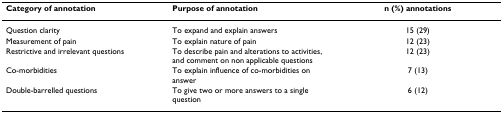
<table><thead><tr><td><b>Category of annotation</b></td><td><b>Purpose of annotation</b></td><td><b>n (%) annotations</b></td></tr></thead><tbody><tr><td>Question clarity</td><td>To expand and explain answers</td><td>15 (29)</td></tr><tr><td>Measurement of pain</td><td>To explain nature of pain</td><td>12 (23)</td></tr><tr><td>Restrictive and irrelevant questions</td><td>To describe pain and alterations to activities, and comment on non applicable questions</td><td>12 (23)</td></tr><tr><td>Co-morbidities</td><td>To explain influence of co-morbidities on answer</td><td>7 (13)</td></tr><tr><td>Double-barrelled questions</td><td>To give two or more answers to a single question</td><td>6 (12)</td></tr></tbody></table>